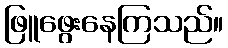
ဖြူဖွေးနေကြသည်။